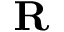
\mathbf { R }